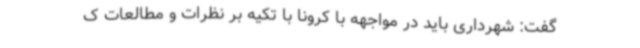
گفت: شهرداری باید در مواجهه با کرونا با تکیه بر نظرات و مطالعات ک